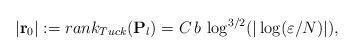
LaTeX: \begin{align*} |{\bf r}_0|:=rank_{Tuck}({\bf P}_l)=C\, b \,\log^{3/2} (|\log (\varepsilon/N)|),\end{align*}